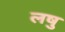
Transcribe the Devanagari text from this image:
लषु